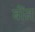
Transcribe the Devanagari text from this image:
बोंस